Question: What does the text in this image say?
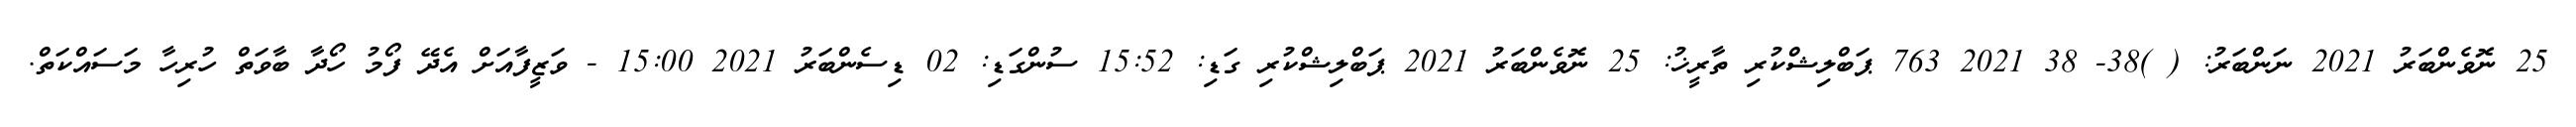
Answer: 25 ނޮވެންބަރު 2021 ނަންބަރު: ( )38- 38 2021 763 ޕަބްލިޝްކުރި ތާރީޚު: 25 ނޮވެންބަރު 2021 ޕަބްލިޝްކުރި ގަޑި: 15:52 ސުންގަޑި: 02 ޑިސެންބަރު 2021 15:00 - ވަޒީފާއަށް އެދޭ ފޯމު ހޯދާ ބާވަތް ހުރިހާ މަސައްކަތް.